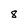
Character: 8